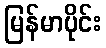
မြန်မာပိုင်း